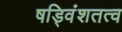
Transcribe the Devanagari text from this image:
षड्विंशतत्व